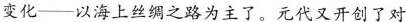
变化——以海上丝绸之路为主了。元代又开创了对